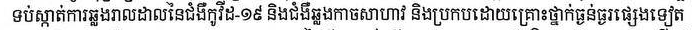
ទប់ស្កាត់ការឆ្លងរាលដាលនៃជំងឺកូវីដ-១៩ និងជំងឺឆ្លងកាចសាហាវ និងប្រកបដោយគ្រោះថ្នាក់ធ្ងន់ធ្ងរផ្សេងទៀត